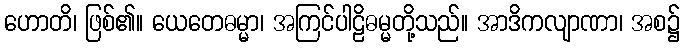
ဟောတိ၊ ဖြစ်၏။ ယေတေဓမ္မာ၊ အကြင်ပါဠိဓမ္မတို့သည်။ အာဒိကလျာဏာ၊ အစ၌